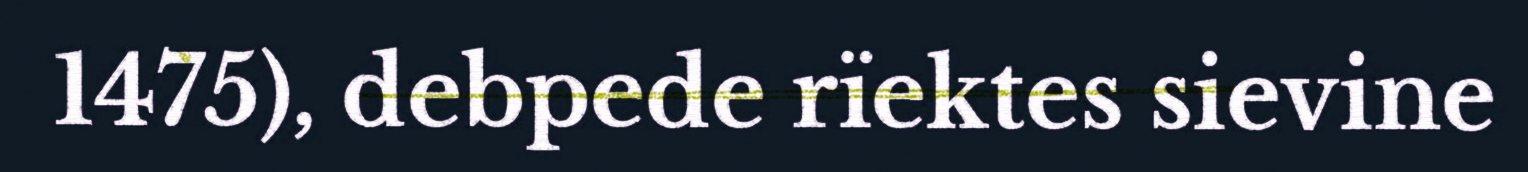
1475), debpede rïektes sievine